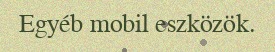
Egyéb mobil eszközök.